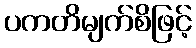
ပကတိမျက်စိဖြင့်